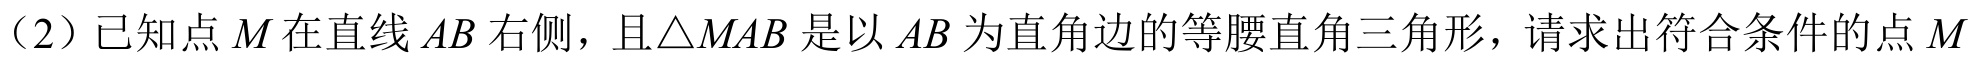
（2）已知点\(M\)在直线\(AB\)右侧，且\(\triangle MAB\)是以\(AB\)为直角边的等腰直角三角形，请求出符合条件的点\(M\)